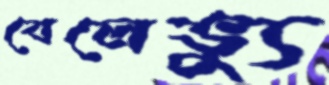
বেলেভ্যু